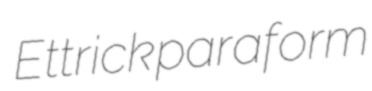
Ettrick paraform